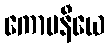
ကောပနီယေ